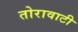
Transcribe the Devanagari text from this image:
तोरावाटी